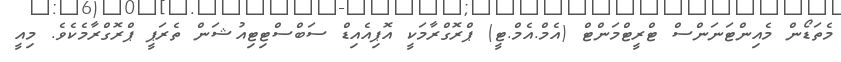
މެތަޑޯން މެއިންޓަނަންސް ޓްރީޓްމަންޓް (އެމް.އެމް.ޓީ) ޕްރޮގްރާމަކީ އޮޕިއެއިޑް ސަބްސްޓިޓިއުޝަން ތެރަޕީ ޕްރޮގްރާމެކެވެ. މިއީ